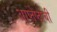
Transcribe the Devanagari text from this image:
आप्तेष्टांची